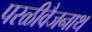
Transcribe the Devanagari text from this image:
परळीवैजनाथ